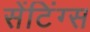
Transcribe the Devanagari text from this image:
सेंटिंग्स